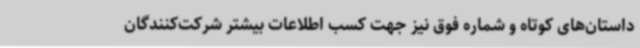
داستان‌های کوتاه و شماره فوق نیز جهت کسب اطلاعات بیشتر شرکت‌کنندگان